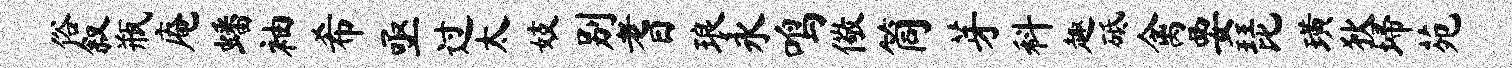
俗叙瓶庵蟠袖希亟过太妓别耆琅永鸣儆筒芽科趣砥禽要琵璜狄埽苑